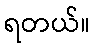
ရတယ်။